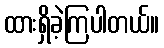
ထားရှိခဲ့ကြပါတယ်။